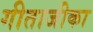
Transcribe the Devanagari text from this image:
गीताजीका